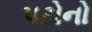
પટોનો